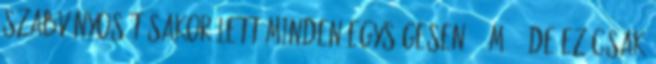
szabványosításakor lett minden egységesen "65M" - de ez csak